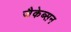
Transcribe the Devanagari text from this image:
जैकेब्सन